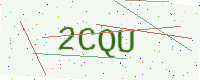
Text: 2CQU